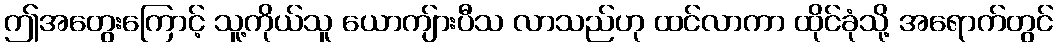
ဤအတွေးကြောင့် သူ့ကိုယ်သူ ယောကျ်ားပီသ လာသည်ဟု ထင်လာကာ ထိုင်ခုံသို့ အရောက်တွင်